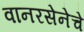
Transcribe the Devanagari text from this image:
वानरसेनेचे